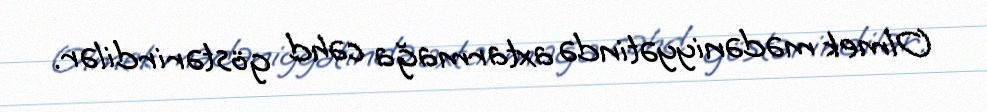
Olmek mədəniyyətində axtarmağa cəhd göstərirdilər.